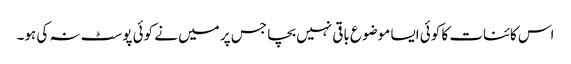
اس کائنات کا کوئی ایسا موضوع باقی نہیں بچا جس پر میں نے کوئی پوسٹ نہ کی ہو۔